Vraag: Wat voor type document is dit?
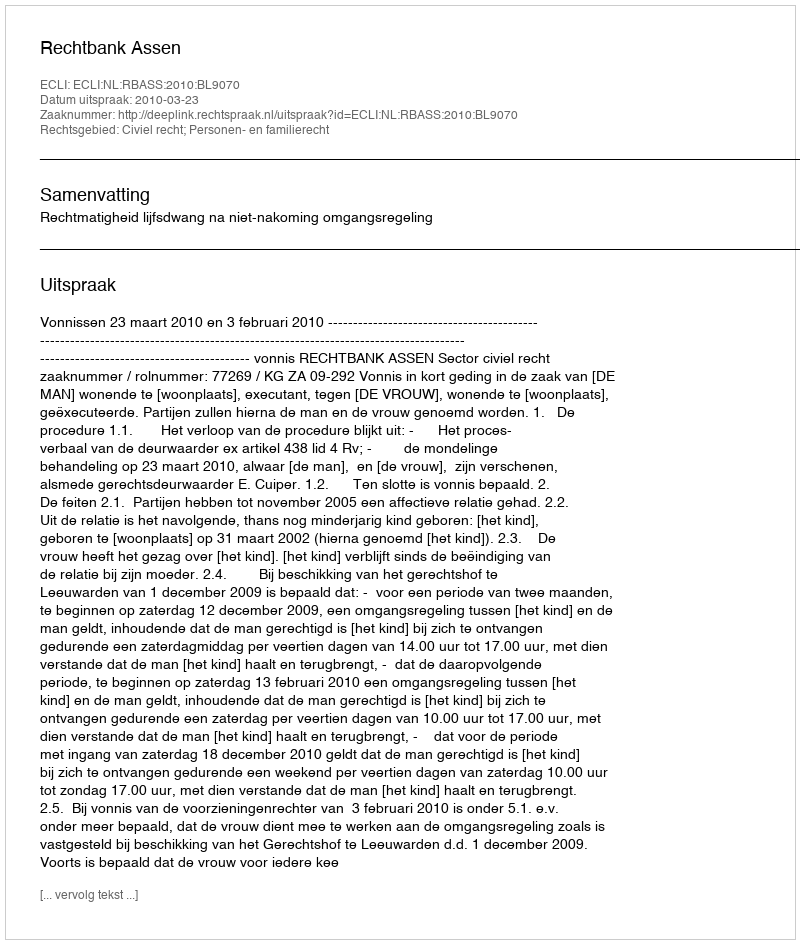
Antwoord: Uitspraak